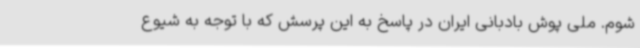
شوم. ملی پوش بادبانی ایران در پاسخ به این پرسش که با توجه به شیوع